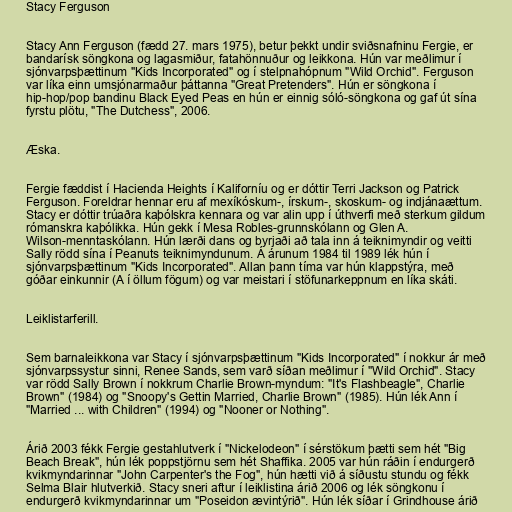
Stacy Ferguson

Stacy Ann Ferguson (fædd 27. mars 1975), betur þekkt undir sviðsnafninu Fergie, er
bandarísk söngkona og lagasmiður, fatahönnuður og leikkona. Hún var meðlimur í
sjónvarpsþættinum "Kids Incorporated" og í stelpnahópnum "Wild Orchid". Ferguson
var líka einn umsjónarmaður þáttanna "Great Pretenders". Hún er söngkona í
hip-hop/pop bandinu Black Eyed Peas en hún er einnig sóló-söngkona og gaf út sína
fyrstu plötu, "The Dutchess", 2006.

Æska.

Fergie fæddist í Hacienda Heights í Kaliforníu og er dóttir Terri Jackson og Patrick
Ferguson. Foreldrar hennar eru af mexíkóskum-, írskum-, skoskum- og indjánaættum.
Stacy er dóttir trúaðra kaþólskra kennara og var alin upp í úthverfi með sterkum gildum
rómanskra kaþólikka. Hún gekk í Mesa Robles-grunnskólann og Glen A.
Wilson-menntaskólann. Hún lærði dans og byrjaði að tala inn á teiknimyndir og veitti
Sally rödd sína í Peanuts teiknimyndunum. Á árunum 1984 til 1989 lék hún í
sjónvarpsþættinum "Kids Incorporated". Allan þann tíma var hún klappstýra, með
góðar einkunnir (A í öllum fögum) og var meistari í stöfunarkeppnum en líka skáti.

Leiklistarferill.

Sem barnaleikkona var Stacy í sjónvarpsþættinum "Kids Incorporated" í nokkur ár með
sjónvarpssystur sinni, Renee Sands, sem varð síðan meðlimur í "Wild Orchid". Stacy
var rödd Sally Brown í nokkrum Charlie Brown-myndum: "It's Flashbeagle", Charlie
Brown" (1984) og "Snoopy's Gettin Married, Charlie Brown" (1985). Hún lék Ann í
"Married ... with Children" (1994) og "Nooner or Nothing".

Árið 2003 fékk Fergie gestahlutverk í "Nickelodeon" í sérstökum þætti sem hét "Big
Beach Break", hún lék poppstjörnu sem hét Shaffika. 2005 var hún ráðin í endurgerð
kvikmyndarinnar "John Carpenter's the Fog", hún hætti við á síðustu stundu og fékk
Selma Blair hlutverkið. Stacy sneri aftur í leiklistina árið 2006 og lék söngkonu í
endurgerð kvikmyndarinnar um "Poseidon ævintýrið". Hún lék síðar í Grindhouse árið